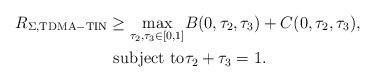
\begin{align*} R_{\Sigma,\mathrm{TDMA-TIN}}\geq\max_{\tau_2,\tau_3 \in[0,1]} &B(0,\tau_2,\tau_3)+C(0,\tau_2,\tau_3),\\\mathrm{subject\,\, to} & \tau_2 +\tau_3=1.\end{align*}